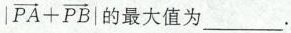
$$ | \overrightarrow{PA} + \overrightarrow{PB}| $$ 的最大值为___.